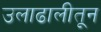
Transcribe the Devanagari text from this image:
उलाढालीतून